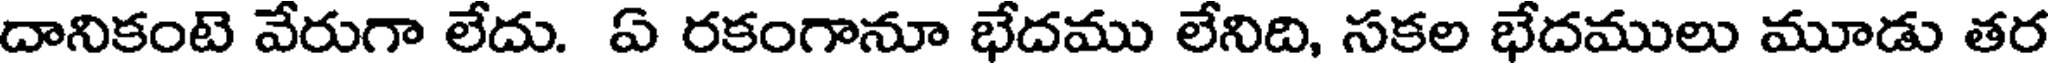
దానికంటె వేరుగా లేదు. ఏ రకంగానూ భేదము లేనిది, సకల భేదములు మూడు తర